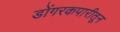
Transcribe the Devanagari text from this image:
डोंगरकपारीतून